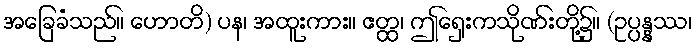
အခြေခံသည်။ ဟောတိ) ပန၊ အထူးကား။ ဧတ္ထ၊ ဤရှေးကသိုဏ်းတို့၌။ (ဥပ္ပန္နဿ၊